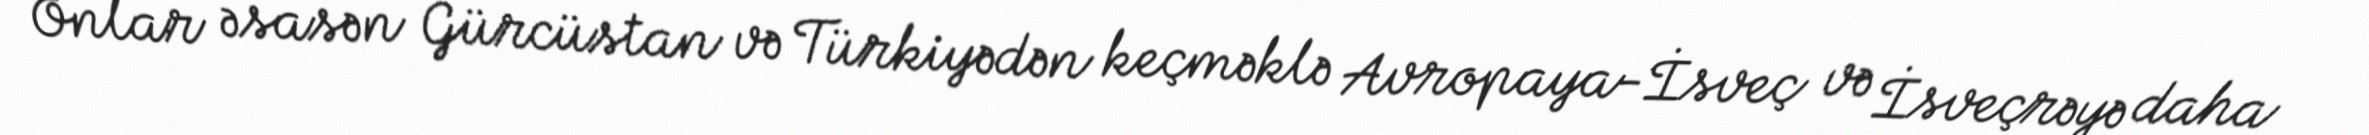
Onlar əsasən Gürcüstan və Türkiyədən keçməklə Avropaya-İsveç və İsveçrəyə daha